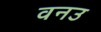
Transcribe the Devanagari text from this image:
वनउ